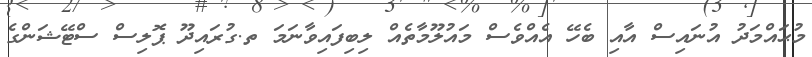
މުޙައްމަދު އުނައިސް އާއި ބެހޭ އެއްވެސް މައުލޫމާތެއް ލިބިފައިވާނަމަ ތ.ގުރައިދޫ ޕޮލިސް ސްޓޭޝަންގެ